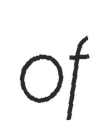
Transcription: of